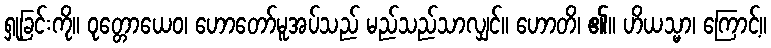
ရှုခြင်းကို။ ဝုတ္တောယေဝ၊ ဟောတော်မူအပ်သည် မည်သည်သာလျှင်။ ဟောတိ၊ ၏။ ဟိယသ္မာ၊ ကြောင့်။